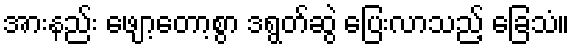
အားနည်း ဖျော့တော့စွာ ဒရွတ်ဆွဲ ပြေးလာသည့် ခြေသံ။